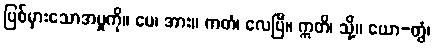
ပြစ်မှားသောအမှုကို။ မေ၊ အား။ ကတံ၊ လေပြီ။ ဣတိ၊ သို့။ ယော-တွံ၊